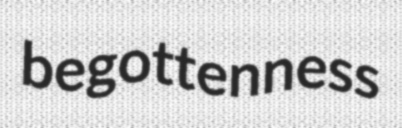
begottenness